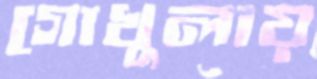
গোখুলায়